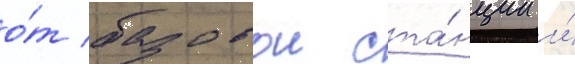
о́т базовои ста́нции и́